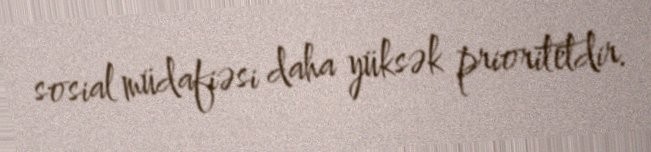
sosial müdafiəsi daha yüksək prioritetdir.